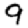
Digit: 9